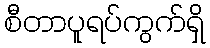
စီတာပူရပ်ကွက်ရှိ